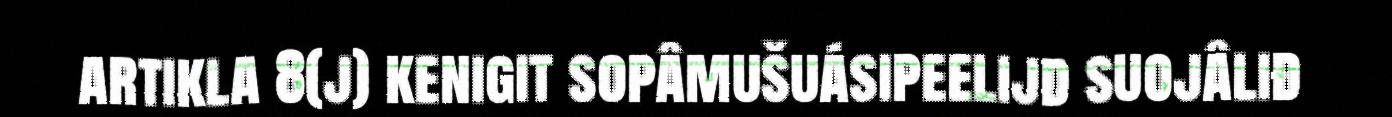
artikla 8(j) kenigit sopâmušuásipeelijd suojâliđ